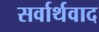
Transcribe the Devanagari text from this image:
सर्वार्थवाद